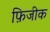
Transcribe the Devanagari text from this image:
फ़िजीक